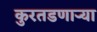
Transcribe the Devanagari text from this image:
कुरतडणाऱ्या